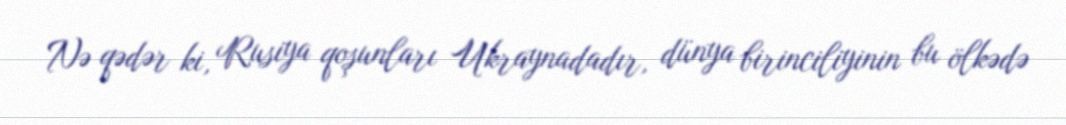
Nə qədər ki, Rusiya qoşunları Ukraynadadır, dünya birinciliyinin bu ölkədə